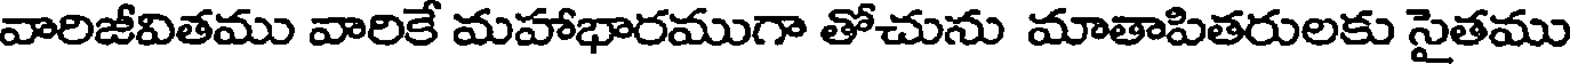
వారిజీవితము వారికే మహాభారముగా తోచును మాతాపితరులకు సైతము